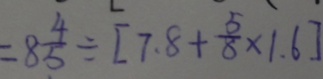
= 8 \frac { 4 } { 5 } \div [ 7 . 8 + \frac { 5 } { 8 } \times 1 . 6 ]